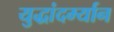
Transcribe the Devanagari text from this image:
युद्धांदर्म्यान